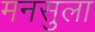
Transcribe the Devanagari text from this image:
मनसुला